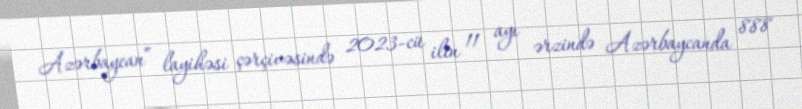
Azərbaycan” layihəsi çərçivəsində 2023-cü ilin 11 ayı ərzində Azərbaycanda 888